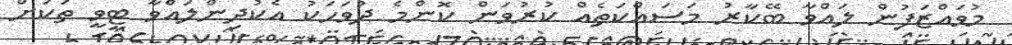
މުވައްޒަފުން ލައްވާ ބޭކާރު މަސައްކަތެއް ކުރުވަން ކޮންމެ ދުވަހަކު އެކުދިންލައްވާ ޓީވީ ތަކަށް